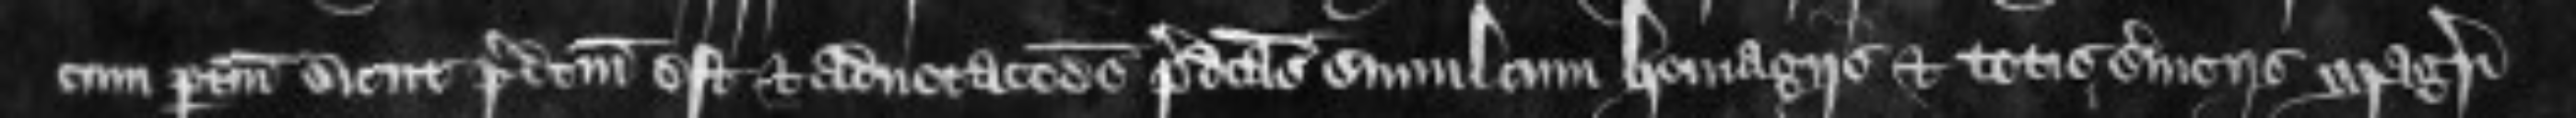
cum pertinenciis sicut predictum est et advocationes predictas simulcum homagiis et totis serviciis Magistri